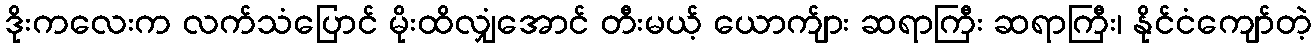
ဒိုးကလေးက လက်သံပြောင် မိုးထိလျှံအောင် တီးမယ့် ယောက်ျား ဆရာကြီး ဆရာကြီး၊ နိုင်ငံကျော်တဲ့